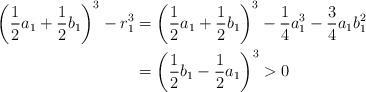
\begin{align*}\left(\frac12 a_1 + \frac12 b_1\right)^3 - r_1^3&= \left(\frac12 a_1 + \frac12 b_1\right)^3 - \frac14 a_1^3 - \frac34a_1b_1^2\\&= \left( \frac12 b_1 - \frac12 a_1\right)^3 > 0\end{align*}